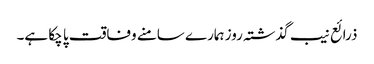
ذرائع نیب گذشتہ روز ہمارے سامنے وفاقت پا چکا ہے۔